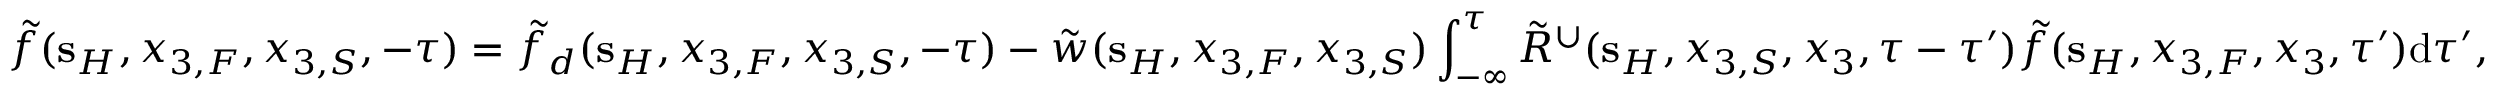
\tilde { f } ( { \bf s } _ { H } , x _ { 3 , F } , x _ { 3 , S } , - \tau ) = \tilde { f } _ { d } ( { \bf s } _ { H } , x _ { 3 , F } , x _ { 3 , S } , - \tau ) - \tilde { w } ( { \bf s } _ { H } , x _ { 3 , F } , x _ { 3 , S } ) \int _ { - \infty } ^ { \tau } \tilde { R } ^ { \cup } ( { \bf s } _ { H } , x _ { 3 , S } , x _ { 3 } , \tau - \tau ^ { \prime } ) \tilde { f } ( { \bf s } _ { H } , x _ { 3 , F } , x _ { 3 } , \tau ^ { \prime } ) \mathrm { d } \tau ^ { \prime } ,